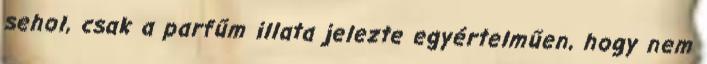
sehol, csak a parfűm illata jelezte egyértelműen, hogy nem